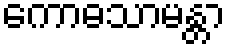
ကောဓသာမန္တာ